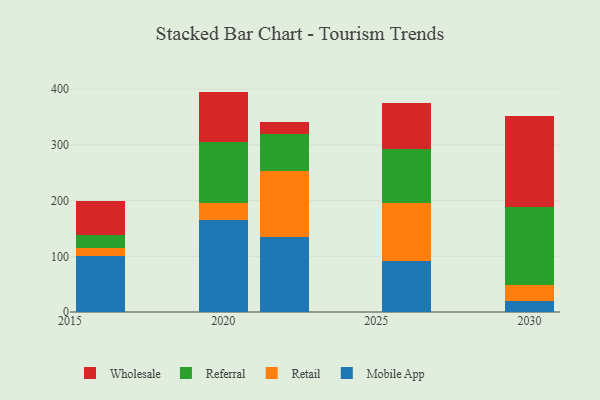
{"axis": {"x": "Year", "y": "Operating Costs (USD K)"}, "legend": ["Mobile App", "Referral", "Retail", "Wholesale"], "data": [{"x": "2026", "y": 91.3, "type": "Mobile App"}, {"x": "2026", "y": 105.1, "type": "Retail"}, {"x": "2026", "y": 96.3, "type": "Referral"}, {"x": "2026", "y": 82.4, "type": "Wholesale"}, {"x": "2020", "y": 165.6, "type": "Mobile App"}, {"x": "2020", "y": 30.6, "type": "Retail"}, {"x": "2020", "y": 108.9, "type": "Referral"}, {"x": "2020", "y": 90.7, "type": "Wholesale"}, {"x": "2030", "y": 19.2, "type": "Mobile App"}, {"x": "2030", "y": 29.3, "type": "Retail"}, {"x": "2030", "y": 140.1, "type": "Referral"}, {"x": "2030", "y": 163.5, "type": "Wholesale"}, {"x": "2022", "y": 133.9, "type": "Mobile App"}, {"x": "2022", "y": 118.7, "type": "Retail"}, {"x": "2022", "y": 67.9, "type": "Referral"}, {"x": "2022", "y": 20.4, "type": "Wholesale"}, {"x": "2016", "y": 100.7, "type": "Mobile App"}, {"x": "2016", "y": 15.1, "type": "Retail"}, {"x": "2016", "y": 22.2, "type": "Referral"}, {"x": "2016", "y": 61.2, "type": "Wholesale"}]}